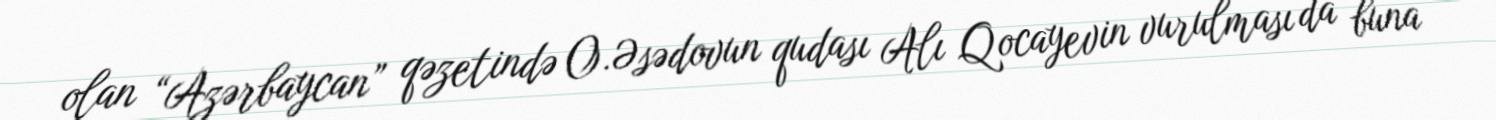
olan “Azərbaycan” qəzetində O.Əsədovun qudası Alı Qocayevin vurulması da buna